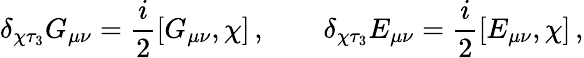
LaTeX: \delta_{\chi\tau_{3}}G_{\mu\nu}=\frac i2[G_{\mu\nu},\chi]\, ,\qquad\delta_{\chi\tau_{3}}E_{\mu\nu}=\frac i2[E_{\mu\nu},\chi]\, ,